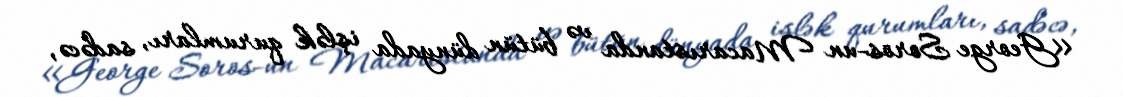
«George Soros-un Macarıstanda və bütün dünyada işlək qurumları, sadəcə,